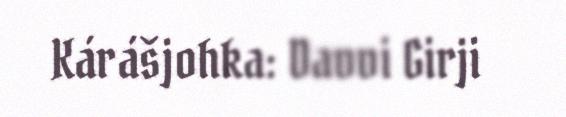
Kárášjohka: Davvi Girji